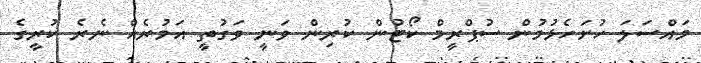
މައްސަލަ ހުށަހެޅުމުން ސުޕްރީމް ކޯޓުން ކުރިން ވަނީ ވަގުތީ އަމުރެއް ނެރެ ކުރީގެ